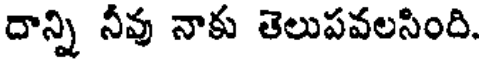
దాన్ని నీవు నాకు తెలుపవలసింది.